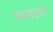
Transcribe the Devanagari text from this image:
कमस्पंदनता